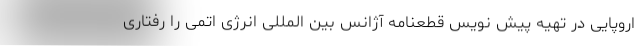
اروپایی در تهیه پیش نویس قطعنامه آژانس بین المللی انرژی اتمی را رفتاری